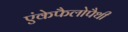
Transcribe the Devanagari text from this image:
एंकेफैलोपैथी